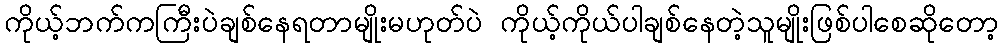
ကိုယ့်ဘက်ကကြီးပဲချစ်နေရတာမျိုးမဟုတ်ပဲ ကိုယ့်ကိုယ်ပါချစ်နေတဲ့သူမျိုးဖြစ်ပါစေဆိုတော့